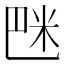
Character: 𥸿